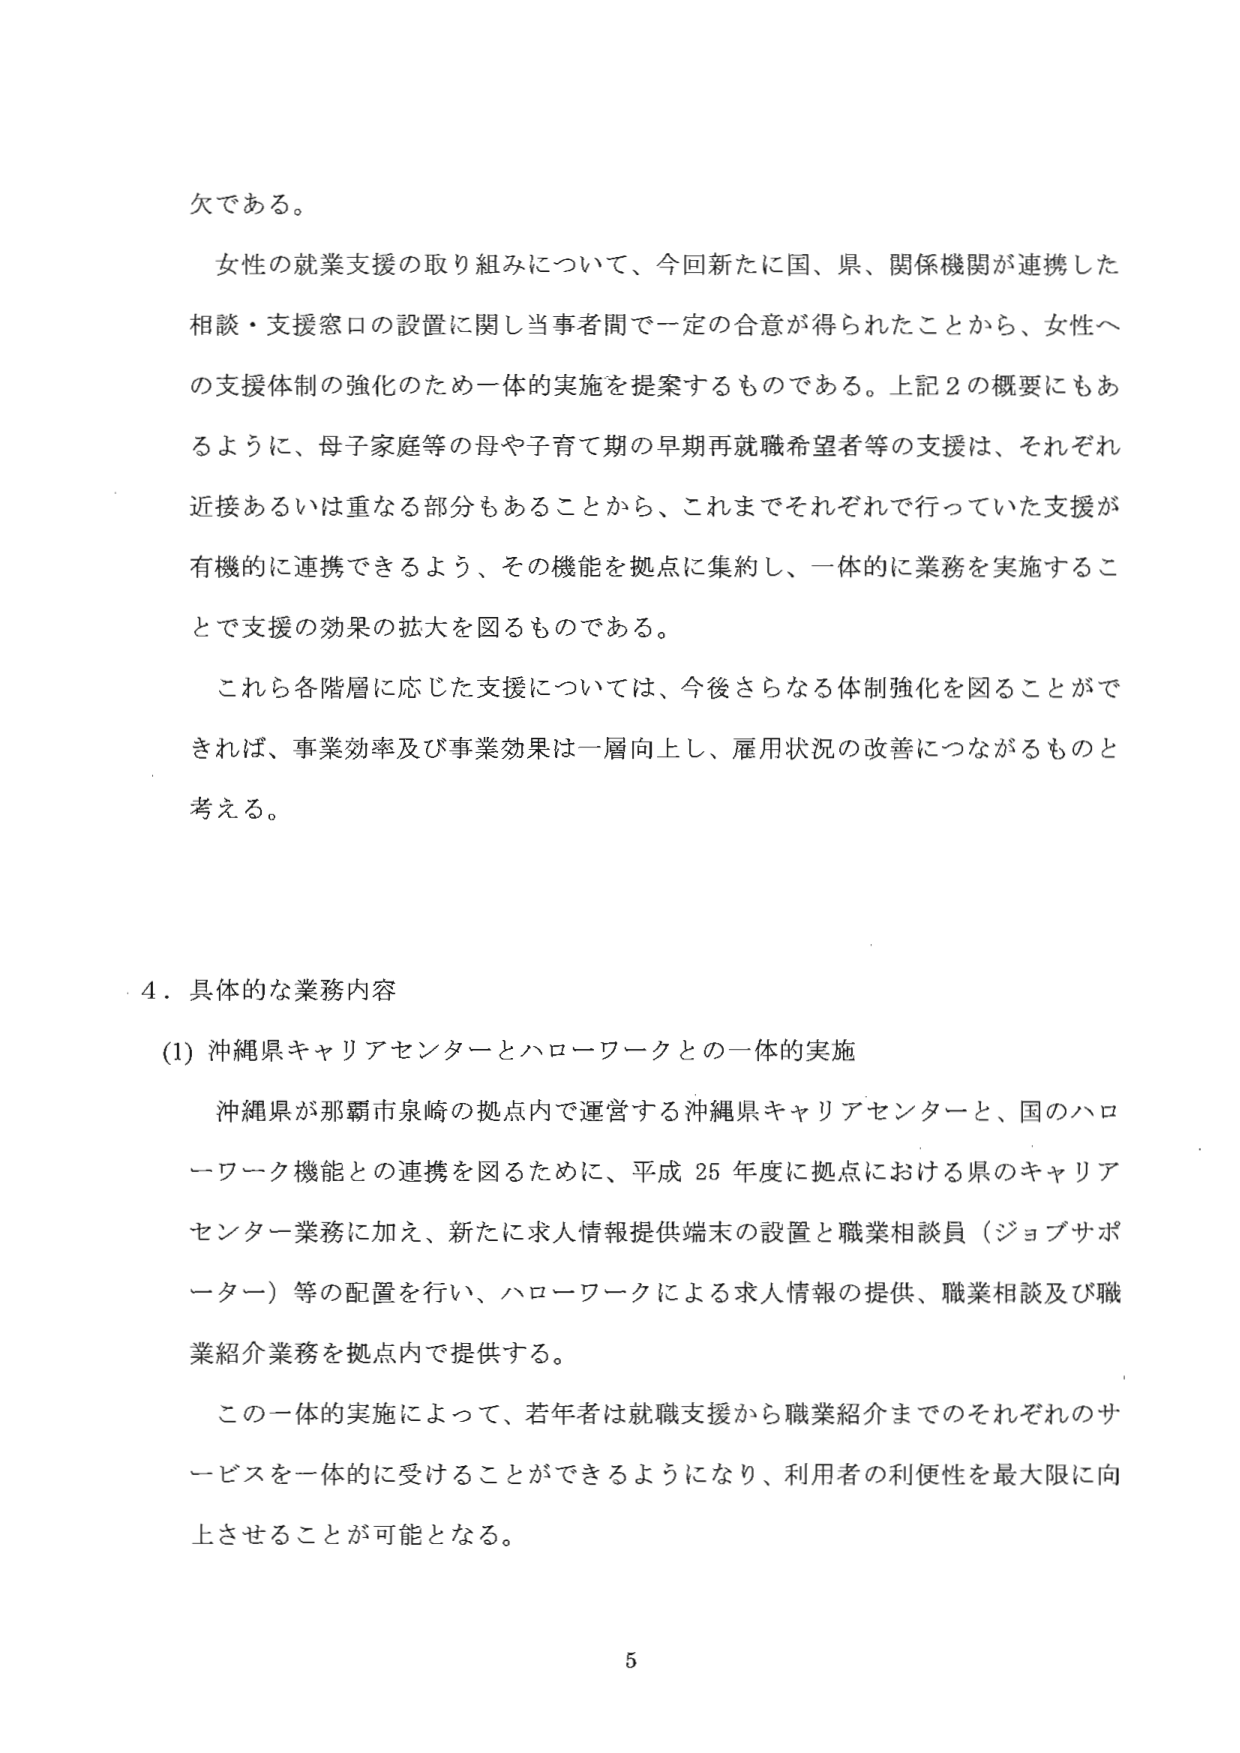
欠である。

女性の就業支援の取り組みについて、今回新たに国、県、関係機関が連携した相談・支援窓口の設置に関し当事者間で一定の合意が得られたことから、女性への支援体制の強化のため一体的実施を提案するものである。上記2の概要にもあるように、母子家庭等の母や子育て期の早期再就職希望者等の支援は、それぞれ近接あるいは重なる部分もあることから、これまでそれぞれで行っていた支援が有機的に連携できるよう、その機能を拠点に集約し、一体的に業務を実施することで支援の効果の拡大を図るものである。

これら各階層に応じた支援については、今後さらなる体制強化を図ることができれば、事業効率及び事業効果は一層向上し、雇用状況の改善につながるものと考える。

4．具体的な業務内容

(1) 沖縄県キャリアセンターとハローワークとの一体的実施

沖縄県が那覇市泉崎の拠点内で運営する沖縄県キャリアセンターと、国のハローワーク機能との連携を図るために、平成25年度に拠点における県のキャリアセンター業務に加え、新たに求人情報提供端末の設置と職業相談員（ジョブサポーター）等の配置を行い、ハローワークによる求人情報の提供、職業相談及び職業紹介業務を拠点内で提供する。

この一体的実施によって、若年者は就職支援から職業紹介までそれぞれのサービスを一体的に受けることができるようになり、利用者の利便性を最大限に向上させることができるとなる。

5